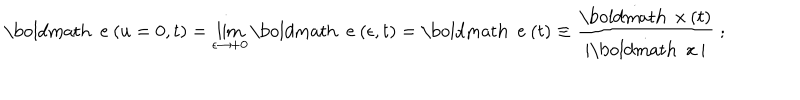
{ \mathrm { \boldmath ~ e ~ } } ( u = 0 , t ) = \lim _ { \epsilon \rightarrow + 0 } { \mathrm { \boldmath ~ e ~ } } ( \epsilon , t ) = { \mathrm { \boldmath ~ e ~ } } ( t ) \equiv \frac { \dot { \mathrm { \boldmath ~ x ~ } } ( t ) } { | \dot { \mathrm { \boldmath ~ x ~ } } | } \; ;